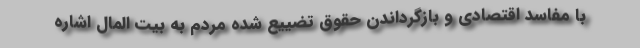
با مفاسد اقتصادی و بازگرداندن حقوق تضییع شده مردم به بیت المال اشاره